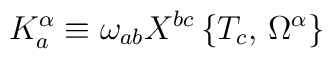
K_a^\alpha\equiv\omega_{ab}X^{bc}\,\bigr\{T_c,\,\Omega^\alpha\bigr\}